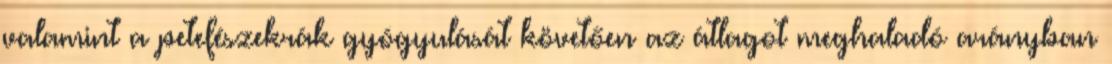
valamint a petefészekrák gyógyulását követően az átlagot meghaladó arányban